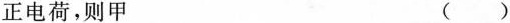
正电荷，则甲 ()